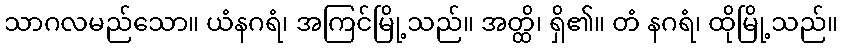
သာဂလမည်သော။ ယံနဂရံ၊ အကြင်မြို့သည်။ အတ္ထိ၊ ရှိ၏။ တံ နဂရံ၊ ထိုမြို့သည်။